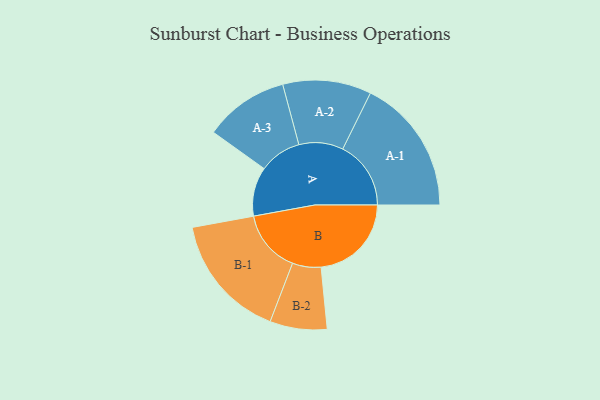
{"axis": {"x": "Segment", "y": "Value"}, "legend": ["", "A", "B"], "data": [{"x": "A", "y": 191, "type": ""}, {"x": "B", "y": 351, "type": ""}, {"x": "A-1", "y": 265, "type": "A"}, {"x": "A-2", "y": 172, "type": "A"}, {"x": "A-3", "y": 164, "type": "A"}, {"x": "B-1", "y": 244, "type": "B"}, {"x": "B-2", "y": 111, "type": "B"}]}